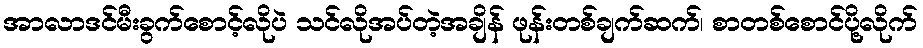
အာလာဒင်မီးခွက်စောင့်လိုပဲ သင်လိုအပ်တဲ့အချိန် ဖုန်းတစ်ချက်ဆက်၊ စာတစ်စောင်ပို့လိုက်